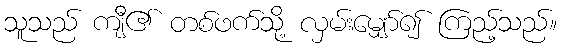
သူသည် ကျီ၏ တစ်ဖက်သို့ လှမ်းမျှော်၍ ကြည့်သည်။